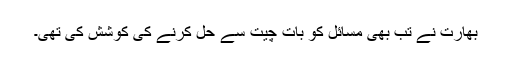
بھارت نے تب بھی مسائل کو بات چیت سے حل کرنے کی کوشش کی تھی۔